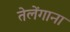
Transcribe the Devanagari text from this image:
तेलेंगाना